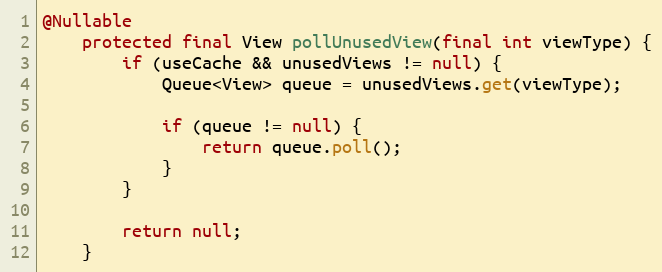
Language: Java
@Nullable
    protected final View pollUnusedView(final int viewType) {
        if (useCache && unusedViews != null) {
            Queue<View> queue = unusedViews.get(viewType);

            if (queue != null) {
                return queue.poll();
            }
        }

        return null;
    }